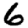
Digit: 6